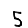
Digit: 5